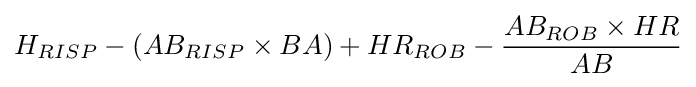
H_{RISP}-(AB_{RISP}\times BA)+HR_{ROB}-{\frac {AB_{ROB}\times HR}{AB}}